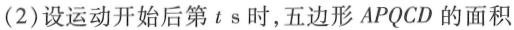
(2)设运动开始后第ts时，五边形APQCD的面积